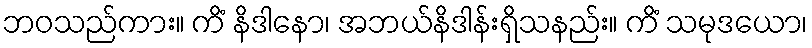
ဘဝသည်ကား။ ကိံ နိဒါနော၊ အဘယ်နိဒါန်းရှိသနည်း။ ကိံ သမုဒယော၊